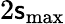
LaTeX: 2\mathsf{s}_{\mathrm{{max}}}